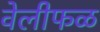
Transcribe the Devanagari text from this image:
वेलीफळ